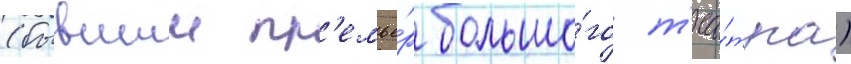
(бывшии пр'емье́р большо́го т'еа́тра)